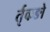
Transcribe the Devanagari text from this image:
र्तृकङो